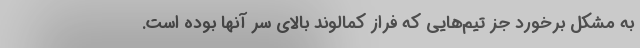
به مشکل برخورد جز تیم‌هایی که فراز کمالوند بالای سر آنها بوده است.